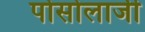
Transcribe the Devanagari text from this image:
पोसोलाजी